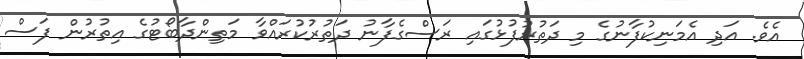
އެވެ. އަދި އެމަނިކުފާނުގެ މި ދަތުރުފުޅުގައި ރަސްގެފާނު ދަތުރުކުރައްވާ މަތިންދާބޯޓުގެ އިތުރުން ފަސް